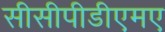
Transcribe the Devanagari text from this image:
सीसीपीडीएमए